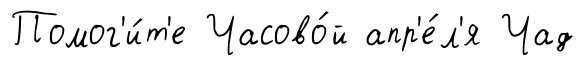
Помог'и́т'е Часово́й апр'е́л'я Чад